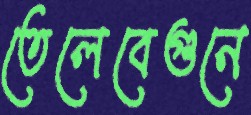
তেলেবেগুনে